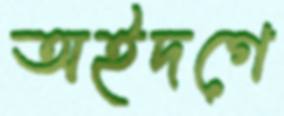
অইদগে